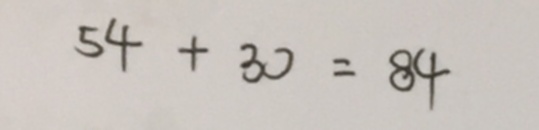
5 4 + 3 0 = 8 4